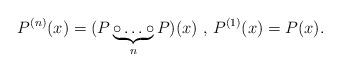
LaTeX: \begin{align*}P^{(n)}(x)=(P\underbrace{\circ\ldots\circ}_{n} P)(x)\textrm{ , } P^{(1)}(x)=P(x) . \end{align*}